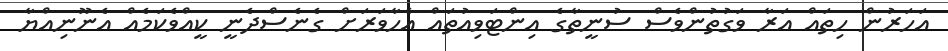
އަހަރުން ހިތައް އަރާ ވަގުތުންވެސް ސުނީތާގެ އިންޓަވިއުތައް އެހާވަރަށް ގެނެސްދެނީ ކީއްވެކަމެއް އެނޫނިއްޔާ